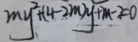
m y ^ { 2 } + ( 4 - 2 m ) y + m - 2 = 0